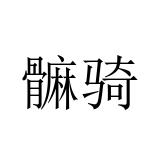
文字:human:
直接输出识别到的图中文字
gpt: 髍骑